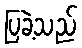
ပြခဲ့သည်